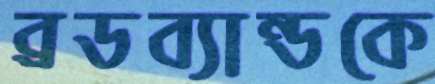
ব্রডব্যান্ডকে